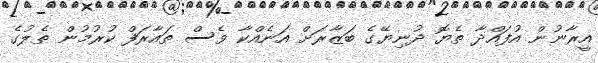
އީރާނުން އުފައްދާ ތެޔޮ ދުނިޔޭގެ ބަޒާރަށް އަނެއްކާ ވެސް ތައާރަފް ކުރުމުން ތެލުގެ